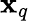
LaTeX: \mathbf{x}_{q}